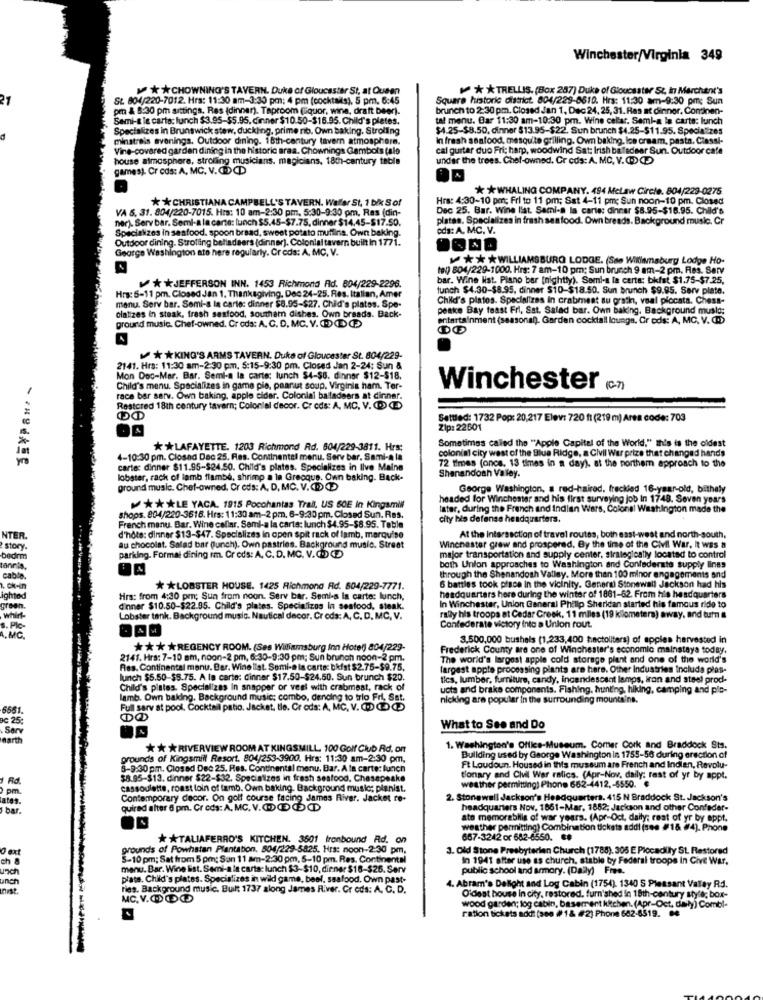
Winchester/Virginia 349
* * CHOWNING'S TAVERN. Duke of Gloucester St, at Queen
⑈ * * TRELLIS. (Box 287) Duke of Gloucester St, in Marchent's
21
St. 804/220-7012. Hrs: 11:30 am-3:30 pm; 4 pm (cocktails), 5 pm, 6:45
Square historic district. 804/229-8610. Hrs: 11:30 am-9:30 pm: Sun
pm & 8:30 pm sittings. Res (dinner). Taproom (liquor, wine, draft beer).
brunch to 2:30 pm. Closed Jan 1, Dec 24, 25, 31. Ras at dinner. Continen-
Semi-& le carta: lunch $3.95-$5.95. dinner $10.50-$16.95. Child's plates.
at menu. Bar 11:30 am-10:30 pm. Wine cellar. Semi-a la carte: lunch
Specializes in Brunswick stew, duckling, prime no. Own baking. Strolling
$4.25-$8.50, dinner $13.95-$22. Sun brunch $4.25-$11.95. Specializes
minstrels evenings. Outdoor dining. 16th-century tavern atmosphere.
In fresh seafood, mesquite grilling. Own baking. los cream, pasta, Classi-
Vine-covared garden dining in the historic araa. Chownings Gambots tale
cal guitar duo Fri; harp, woodwind Sat: Irish bafedear Sun. Outdoor cafe
house atmosphere, strolling musicians. magicians, 18th-century table
under the trees. Chel-owned. Cr cds: A. MC. V.OD
games). Cr cds: A. MC. V.ODCD
** WHALING COMPANY. 494 Mclaw Circle. 804/223-0275
* * CHRISTIANA CAMPBELL'S TAVERN. Waller St. 1 bik S of
Hrs: 4:30-10 per; Fri to 11 pm; Sat 4-11 pm; Sun noon-10 pm. Closed
VA 5. 31. 804/220-7015. Hrs: 10 am-2:30 pm, 5:30-9:30 pm. Ras (din-
Dec 25. Bar. Wine llat. Sami-a la carte: dinner $8.95-$18.95. Child's
ner). Serv bar. Semi-a la carte: lunch $5.45-$7.75, dinner $14,45-$17.50.
plates. Specializes in fresh seafood. Own breads. Background music. Cr
Specializes in seafood. spoon bread, sweet potato multina. Own baking.
ods: A. MC. V.
Outdoor dining. Strolling balladeers (dinner). Colonial tavern built In 1771.
George Washington ate here regularly. Creds: A. MC. V.
M ** * WILLIAMSBURG LODGE. (Sse Williamsburg Lodge Ho-
tag 804/229-1000. Hrs: 7 am-10 pm; Sun brunch 9 am-2 pm, Res. Serv
bar. Wine Hat. Piano bar [nightly). Sami-a la carta: bkfat $1.75-$7.25,
* * JEFFERSON INN. 1453 Richmond Ad. 804/229-2296.
funch $4.30-$8.95, dinner $10-$18.50. Sun brunch $9.95. Serv plate.
Hrs: 5-11 pm. Closed Jan 1. Thanksgiving. Doc 24-25. Res. Italian, Amer
Child's plates. Specializes in crabmeat su gratin, voal plocata. Chess-
menu. Serv bar. Semi-a la carte: dinner $8.95-$27. Child's plates. Spe-
peake Bay feast Fri, Sat. Salad bar. Own baking. Background muslo;
olalizes in steak, fresh seafood, southam dishes. Own braads. Back-
ground music. Chef-owned. Cr ods: A. C. D. MC. V. DEC
entertainment (seasonal). Garden cocktail lounge, Gr ods: A, MC. V. CDD
** KING'S ARMS TAVERN. Duke of Gloucester St. 804/229-
2141. Hra: 11:30 am-2:30 pm. 5:15-9:30 pm. Closed Jan 2-24: Sun &
Mon Doc-Mar. Bar. Semi-a la carte; lunch $4-$8. dinner $12-$18.
Child's menu. Specializes in game pie, peanut soup, Virginia ham. Ter-
Winchester (-7)
race bar serv. Own baking, apple cider. Colonial balladeers at dinner.
Restored 18th century tavern; Colonial decor. Cr cds: A. MC. V. DE
Settled: 1732 Pop: 20,217 Elev: 720 ft (219 m) Area code: 703
Zip: 22601
Sometimes caled the "Apple Capital of the World." this is the oldest
** LAFAYETTE. 1203 Richmond Rd. 804/229-3811. Hrs:
colonial city west of the Blue Ridge, a Civil War prize that changed hands
4-10:30 pm. Closed Dec 25. Res. Continental menu. Serv bar. Sami-al
72 times (once, 13 times in a day), at the northem approach to the
carte: dinner $11.95-$24.50. Child's plates. Specializes in live Maine
lobster, rack of lamb flambe, shrimp a la Grecque. Own baking. Back-
Shenandoah Valley.
ground music. Chef-owned. Cr ods: A, D, MC. V.CDC
George Washington, a red-haired, freckled 16-year-old, bithely
headed for Winchester and his first surveying job In 1748. Seven years
**** LE YACA. 1915 Pocohantas Trall, US 60E In Kingamill
later, during the French and Indian Wars, Colonel Washington made the
shops. 804/220-3618. Hrs: 11:30 am-2 pm. 6-9:30 pm. Closed Sun. Ras.
city bis defense headquarters.
French manu. Bar. Wine cellar. Semi-a la carta: lunch $4.95-$8.95. Toble
NTER.
d'hote: dinner $13-$47. Specializes in open spit rack of lamb, marquise
At the intersection of travel routes, both east-west and north-south,
t story.
au chocolat. Salad bar punch). Own pastries. Background music. Street
Winchester grew and prospered. By the time of the Civil War. It was a
bedem
parking. Formal dining rm. Cr ods: A. C. D. MC. V.( CE
major transportation and supply center, sirlegleally located to control
tannis
both Union approaches to Washington and Confederate supply lines
cable
through the Shenandoah Valley. More than 100 minor engagements and
* * LOBSTER HOUSE. 1425 Richmond Rd. 504/229-7771.
6 battles took place in the vicinity. Generi Stonewall Jackson had his
ghted
Hrs: from 4:30 pm; Sun from noon. Serv bar. Semis la carte: lunch,
headquarters here during the winter of 1881-62. From his headquarters
green.
dinner $10.50-$22.95. Child's plates. Specializes in seafood, steak.
In Winchester, Union General Phillip Sheridan started his famous ride to
whit
Lobster tank. Background music. Nautical decor. Cr eds: A, C. D. MC, V.
rally his troops at Cedar Creek, 11 miles (19 kilometers) away, and turn #
S. Plc-
Confederate victory into a Union rout.
3,500,000 bushels (1,233,400 hectoliters) of apples harvested in
*** * REGENCY ROOM. (Ses Wiliamsburg Inn Hotel) 804/229-
Frederick County are one of Winchester's economic mainstaya today.
2141. Hra: 7-10 am, noon-2 pm, 6:30-9:30 pm; Sun brunch noon-2 pm.
The world's largest apple cold storage plent and one of the world's
Res. Continental manu. Bar. Wine list. Somi-a la carte: bkfst $2.75-$9.75,
largest apple processing plants are here. Other Industries Include plas-
lunch $5.50-$8.75. A la carte: dinner $17.50-$24.50. Sun brunch $20.
tics, lumber, furniture, candy, incandescent lamps, iron and steel prod-
Child's pistes. Specializes In snapper or veel with crabmeat, rack of
ucta and braks components. Fishing, hunting, hiking, camping and plo-
lamb. Own baking. Background music; combo, dending to trio Fri, Sat,
nicking are popular in the surrounding mountains.
5661.
Full sarv at pool. Cocktail patio. Jacket, tle. Gr ods: A, MC, V.
Bc 25:
Serv
What to See and Do
earth
** * RIVERVIEW ROOM AT KINGSMILL. 100 Golf Club Rd. on
1. Washington's Office-Museum. Comer Cork and Braddock Sts.
grounds of Kingsmitt Resort. 804/253-3900. Hrs: 11:30 am-2:30 pm,
Building used by George Washington in 1755-56 during erection of
8-9:30 pm. Closed Dec 25. Res. Continental menu, Bar. A la carte: lunch
Ft Loudoun. Housed in this mussum are French and Indien, Revolu-
Rd.
$8.95-$13. dinner $22-$32. Specializes in fresh seafood, Chesapeake
tionary and Civil War ralics. (Apr-Nov, daily: rast of yr by appt.
pm.
cassoulette, roast loin of famb. Own baking. Background music; planist.
weather permitting) Phone 662-4412 ,- 6550.
Contemporary decor. On golf course facing James River. Jacket re-
2. Stonewall Jackson's Headquarters. 415 N Braddock St. Jackson's
1 bar.
quired alter 6 pm. Cr cds: A. MC. V.OCCD
headquarters Nov, 1861-Mar, 1852; Jackson and other Confeder-
ato memorabilia of war years. (Apr-Oct, daily; rest of yr by appt.
weather permitting) Combination tickets addi (see #16 (74). Phone
** TALIAFERRO'S KITCHEN. 3601 tronbound Rd. on
667-3242 or 682-6550. ##
Dext
grounds of Powhatan Plantation. 504/229-5825. Hrs: noon-2:30 pm.
3. Old Stone Presbyterian Church [1788). 305 E Piccadily SL Restored
ch 8
S-10 pm; Sat from 5 pm; Sun 11 am-2:30 pm, 5-10 pm. Res. Continental
In 1941 after use as church, stable by Federal troops In Cive War.
unch
menu. Bar. Wine list. Semi-a la carta: lunch $3-$10, dinner $18-$26. Serv
public school and armory. (Daily) Fres.
Unch
plate. Child's plates. Specializes in wild game, beef, seafood. Own past-
Fies. Background music. Built 1737 along James River. Cr eds: A. C. D.
4. Abram's Delight and Log Cabin (1754). 1340 S Pleasant Valley Rd.
MC.V.ODE
Oldest house in city, restored, furnished in 18th-century style; box-
wood garden; log cabin, basement kitchen. (Apr-Oct. daily) Combl-
ration tickets addi (see #1& #2) Phone 662-6519. 04